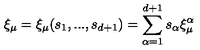
\xi _ { \mu } = \xi _ { \mu } ( s _ { 1 } , . . . , s _ { d + 1 } ) = \sum _ { \alpha = 1 } ^ { d + 1 } s _ { \alpha } \xi _ { \mu } ^ { \alpha }